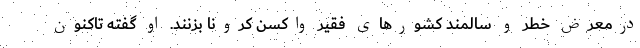
درمعرض خطر و سالمند کشورهای فقیر واکسن کرونا بزنند. او گفته تاکنون